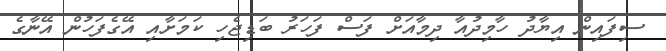
ސިފައިން އިޔާދު ހާމިދުއާ ދިމާއަށް ފަސް ފަހަރު ބަޑިޖެހި ކަމަށާއި އޭގެފަހުން އޭނާގެ